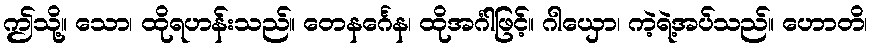
ဤသို့။ သော၊ ထိုရဟန်းသည်။ တေနင်္ဂေန၊ ထိုအင်္ဂါဖြင့်။ ဂါယှော၊ ကဲ့ရဲ့အပ်သည်။ ဟောတိ၊